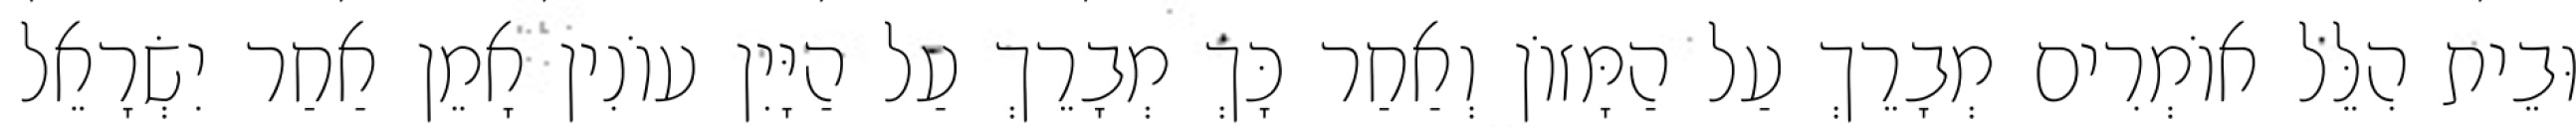
וּבֵית הִלֵּל אוֹמְרִים מְבָרֵךְ עַל הַמָּזוֹן וְאַחַר כָּךְ מְבָרֵךְ עַל הַיָּיִן עוֹנִין אָמֵן אַחַר יִשְׂרָאֵל